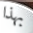
بهذا